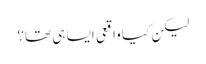
لیکن کیا واقعی ایسا ہی تھا؟